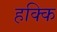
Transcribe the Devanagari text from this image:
हक्कि